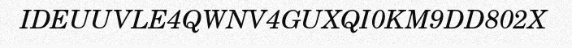
IDEUUVLE4QWNV4GUXQI0KM9DD802X